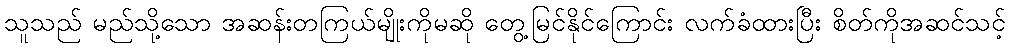
သူသည် မည်သို့သော အဆန်းတကြယ်မျိုးကိုမဆို တွေ့မြင်နိုင်ကြောင်း လက်ခံထားပြီး စိတ်ကိုအဆင်သင့်